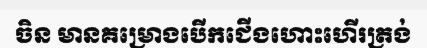
ចិន មានគម្រោងបើកជើងហោះហើរត្រង់